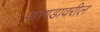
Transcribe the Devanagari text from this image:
पारगडावरील